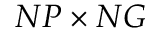
N P \times N G